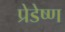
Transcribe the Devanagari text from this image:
प्रेडेष्ण